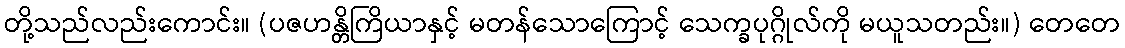
တို့သည်လည်းကောင်း။ (ပဇဟန္တိကြိယာနှင့် မတန်သောကြောင့် သေက္ခပုဂ္ဂိုလ်ကို မယူသတည်း။) တေတေ